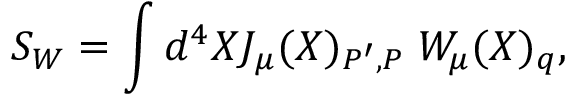
S _ { W } = \int d ^ { 4 } X J _ { \mu } ( X ) _ { P ^ { \prime } , P } \; W _ { \mu } ( X ) _ { q } ,